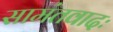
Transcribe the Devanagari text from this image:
सामंतवादः